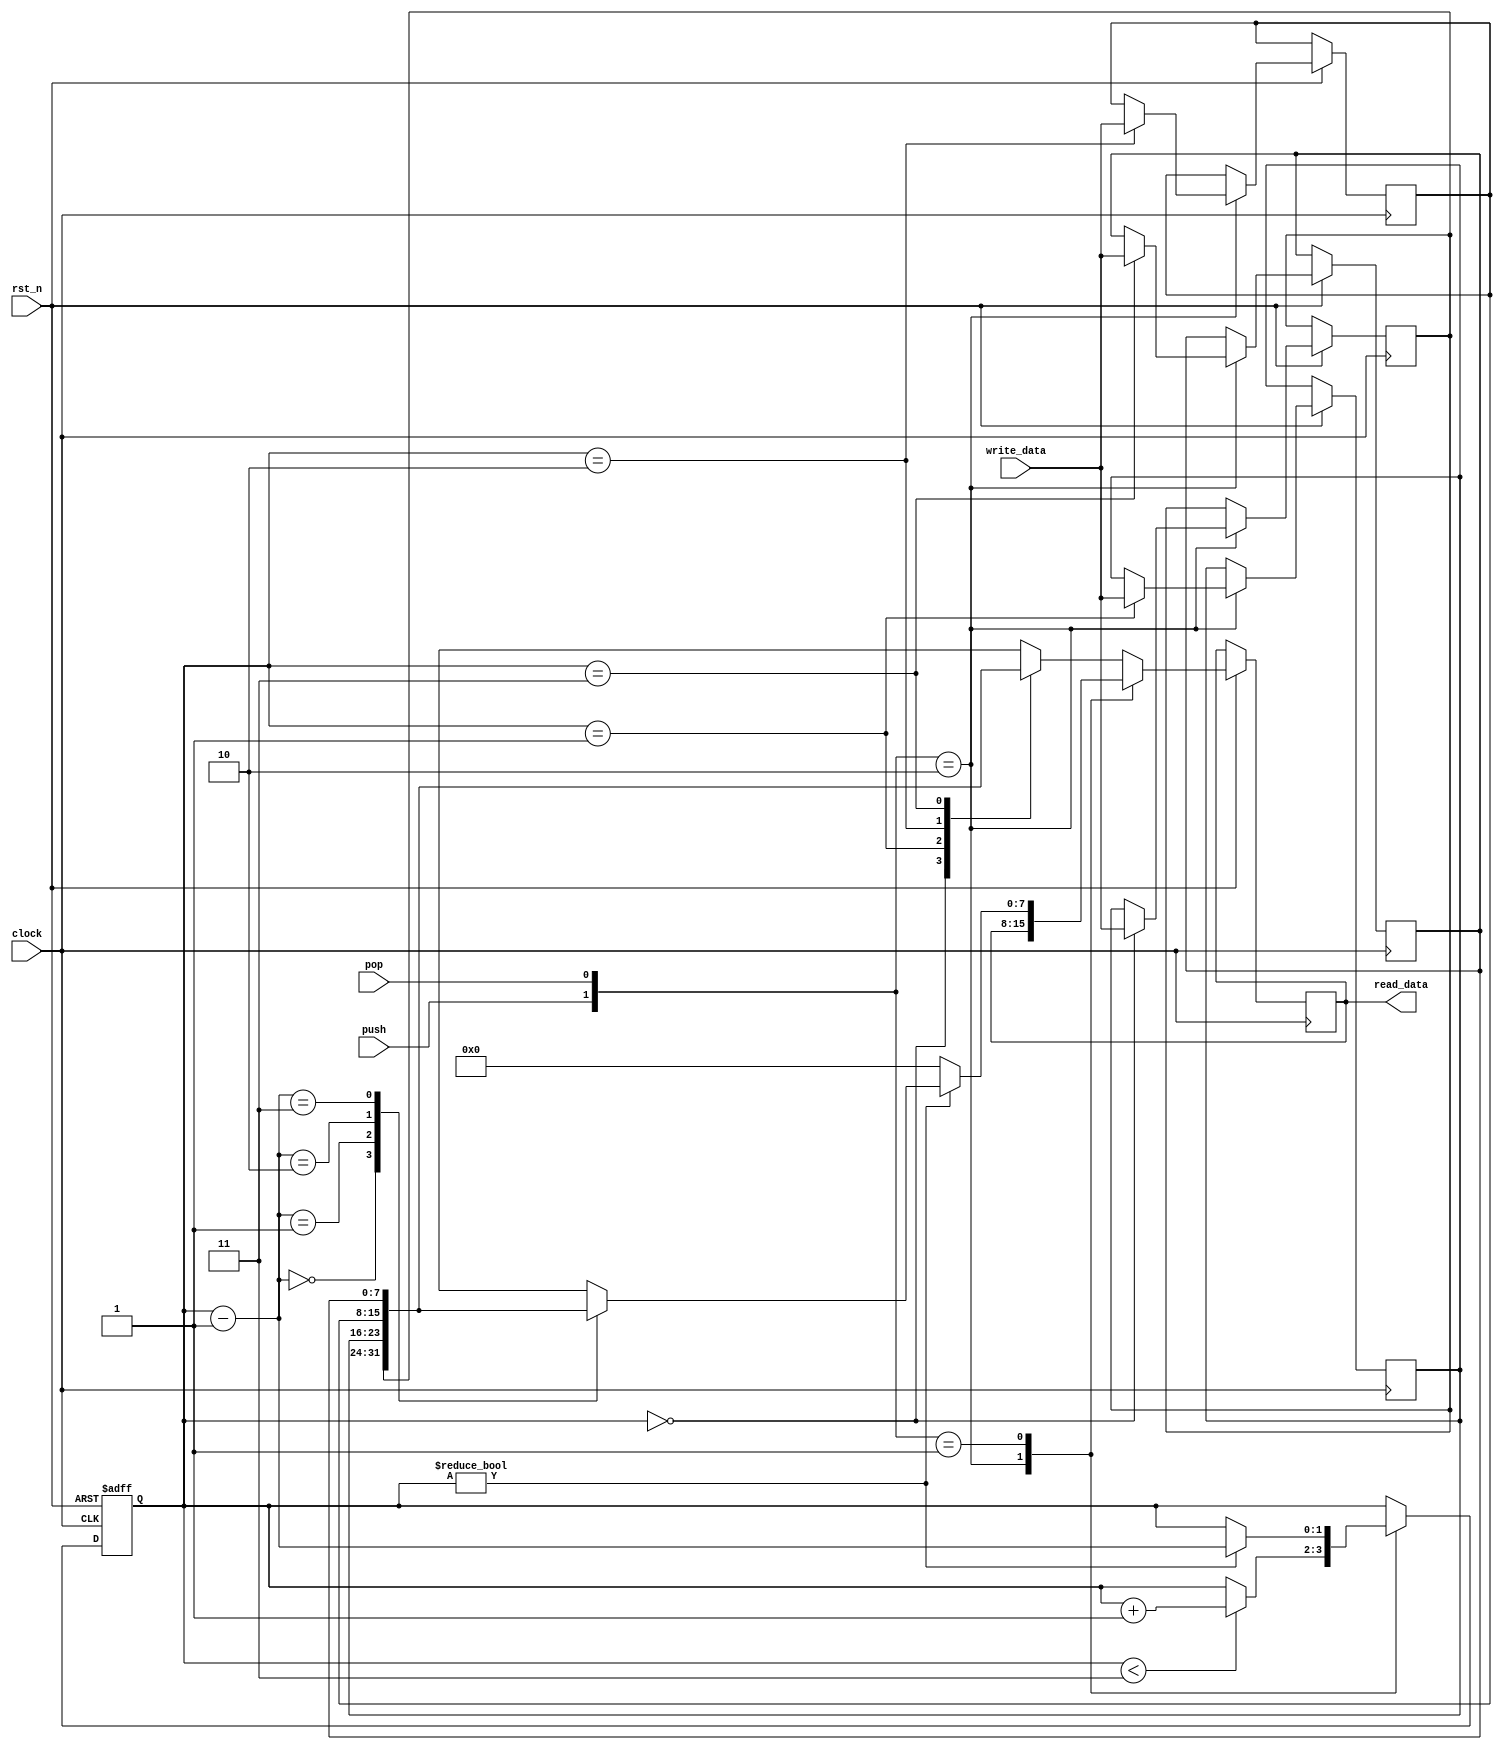
module lab7_7

#(
	parameter DATA_WIDTH=8, 
	parameter PTR_WIDTH=2
)

(
    input  clock,
    input  rst_n,
    input  push,
    input  pop,

    input  [DATA_WIDTH - 1:0] write_data,
    output reg [DATA_WIDTH - 1:0] read_data
);

    reg [DATA_WIDTH - 1:0] stack [0:2**PTR_WIDTH - 1];
	reg [PTR_WIDTH - 1:0] pointer;

 
	always @(posedge clock or negedge rst_n) 
	  begin
		if (!rst_n)
			pointer <= {PTR_WIDTH {1'b0}};
			
		else case ( {push, pop} )
			2'b10:  begin
				if (pointer < 2**PTR_WIDTH - 1) begin
						stack[pointer] <= write_data;
						pointer <= pointer + 1;  
					end
				else
					stack[pointer] <= write_data;
				end
			2'b01: begin 
				if (pointer != 0) begin
				read_data <= stack [pointer-1];
					pointer <= pointer - 1;
				end
				else
					read_data <= 0;
				end
			default: read_data <= stack [pointer];
			endcase
		end
	
endmodule